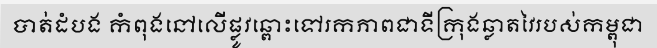
បាត់ដំបង កំពុងនៅលើផ្លូវឆ្ពោះទៅរកភាពជាទីក្រុងឆ្លាតវៃរបស់កម្ពុជា